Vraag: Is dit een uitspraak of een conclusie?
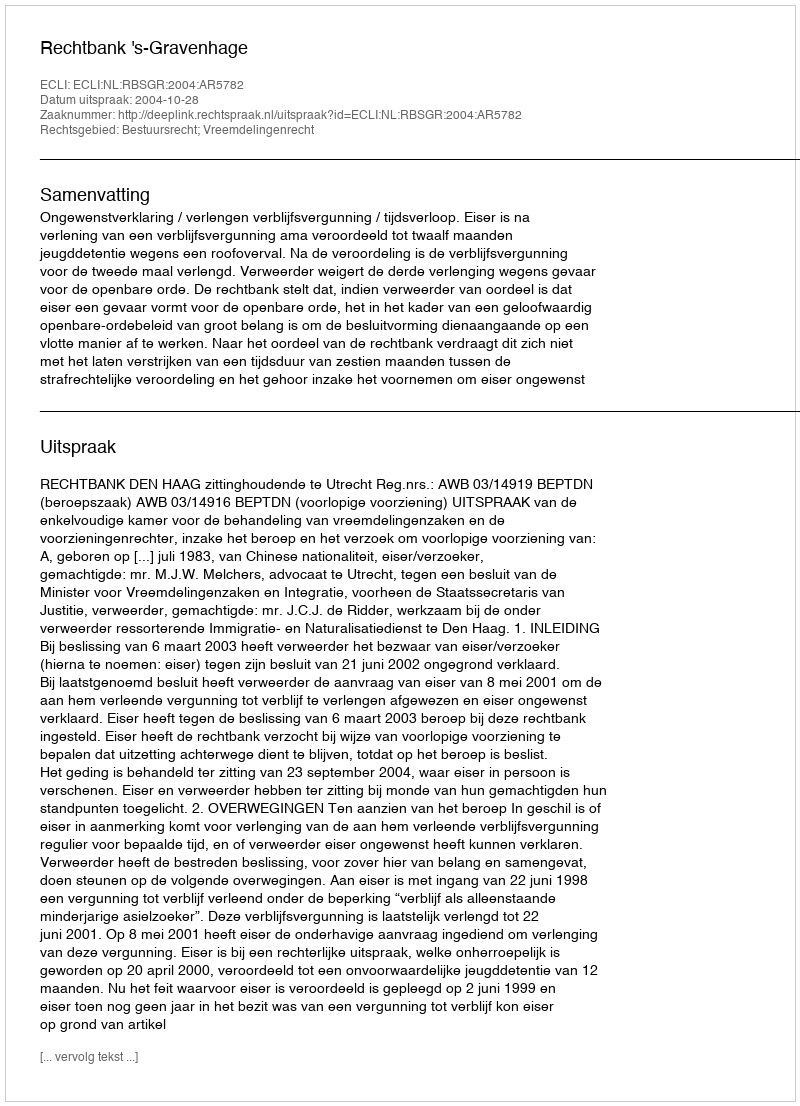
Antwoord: Uitspraak